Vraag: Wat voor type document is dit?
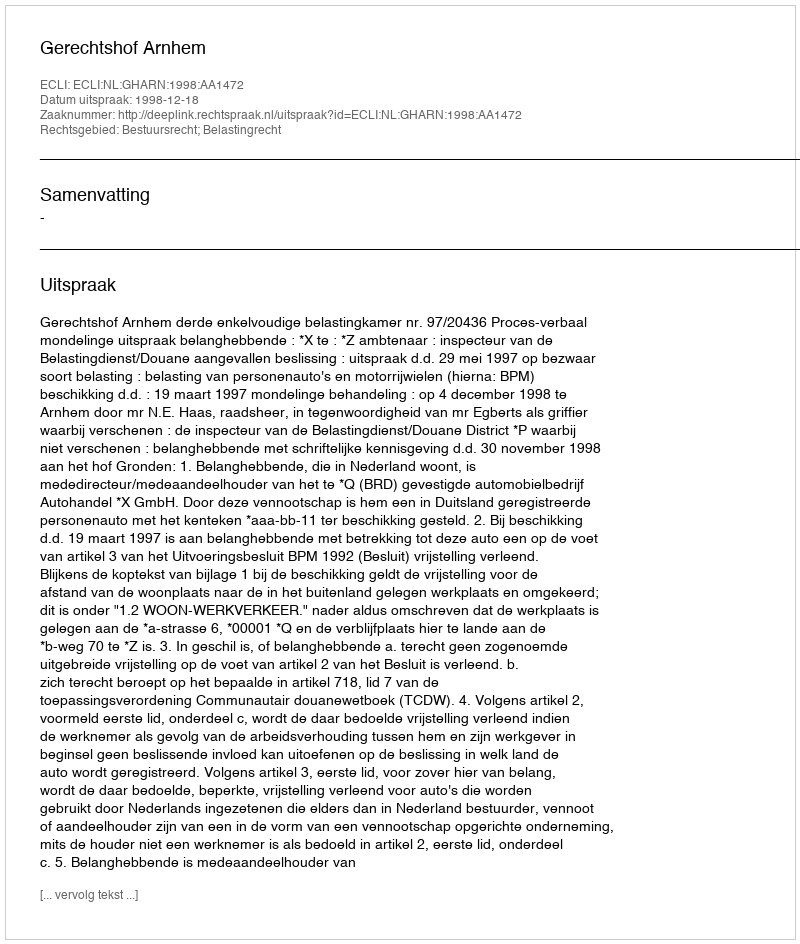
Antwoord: Uitspraak